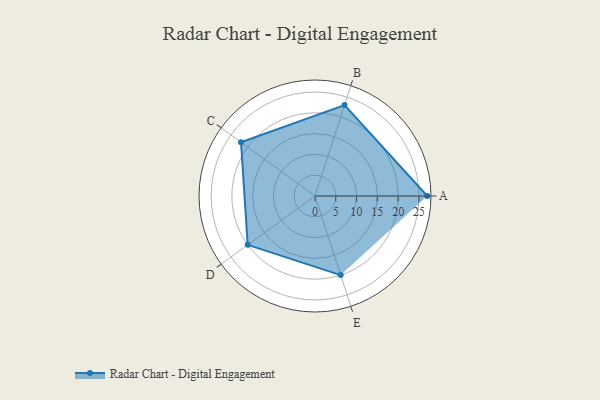
{"axis": {"x": "Skill", "y": "Score"}, "legend": ["Profile"], "data": [{"x": "A", "y": 27.0, "type": "Profile"}, {"x": "B", "y": 23.0, "type": "Profile"}, {"x": "C", "y": 22.0, "type": "Profile"}, {"x": "D", "y": 20, "type": "Profile"}, {"x": "E", "y": 20, "type": "Profile"}]}